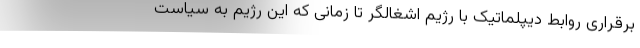
برقراری روابط دیپلماتیک با رژیم اشغالگر تا زمانی که این رژیم به سیاست